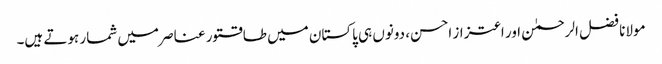
مولانا فضل الرحمٰن اور اعتزاز احسن، دونوں ہی پاکستان میں طاقتور عناصر میں شمار ہوتے ہیں۔